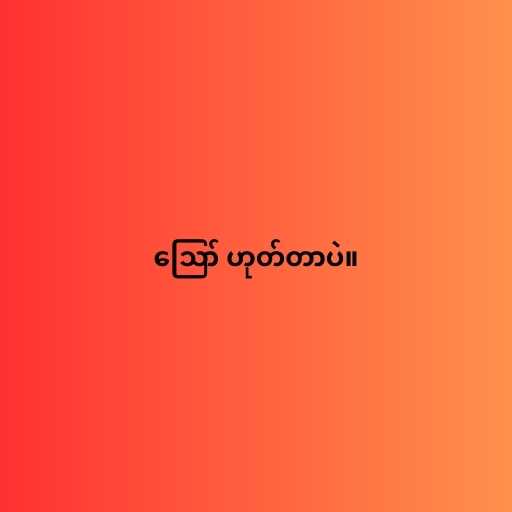
ဪ ဟုတ်တာပဲ။